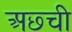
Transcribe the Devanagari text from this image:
अछ्ची